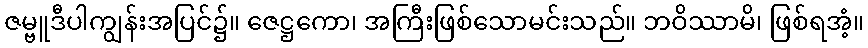
ဇမ္ဗူဒီပါကျွန်းအပြင်၌။ ဇေဋ္ဌကော၊ အကြီးဖြစ်သောမင်းသည်။ ဘဝိဿာမိ၊ ဖြစ်ရအံ့။